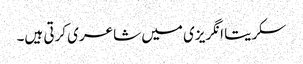
سکریتا انگریزی میں شاعری کرتی ہیں۔